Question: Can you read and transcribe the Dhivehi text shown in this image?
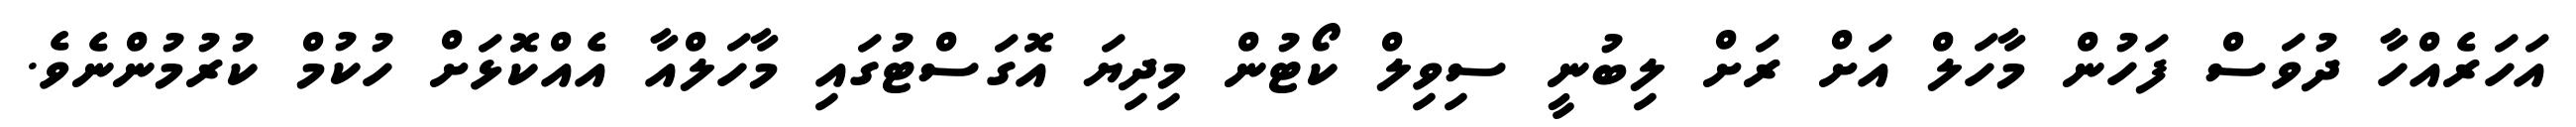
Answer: އަހަރެއްހާ ދުވަސް ފަހުން މާހަލް އަށް ރަށް ލިބުނީ ސިވިލް ކޯޓުން މިދިޔަ އޮގަސްޓުގައި މާހަލްއާ އެއްކޮޅަށް ހުކުމް ކުރުމުންނެވެ.